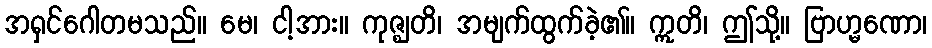
အရှင်ဂေါတမသည်။ မေ၊ ငါ့အား။ ကုဇ္ဈတိ၊ အမျက်ထွက်ခဲ့၏။ ဣတိ၊ ဤသို့။ ဗြာဟ္မဏော၊